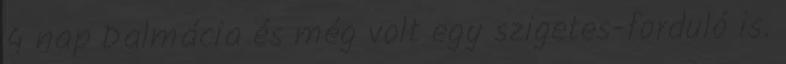
4 nap Dalmácia és még volt egy szigetes-forduló is.